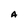
Character: A